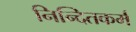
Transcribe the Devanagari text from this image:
निन्दितकर्म